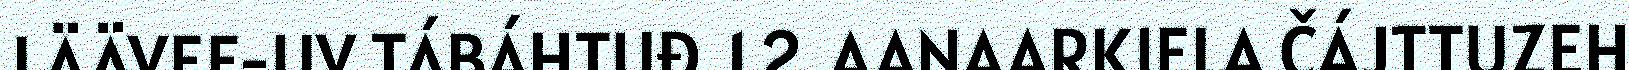
LÄÄVEE-UV TÁBÁHTUĐ. 1.2. AANAARKIELA ČÁJTTUZEH